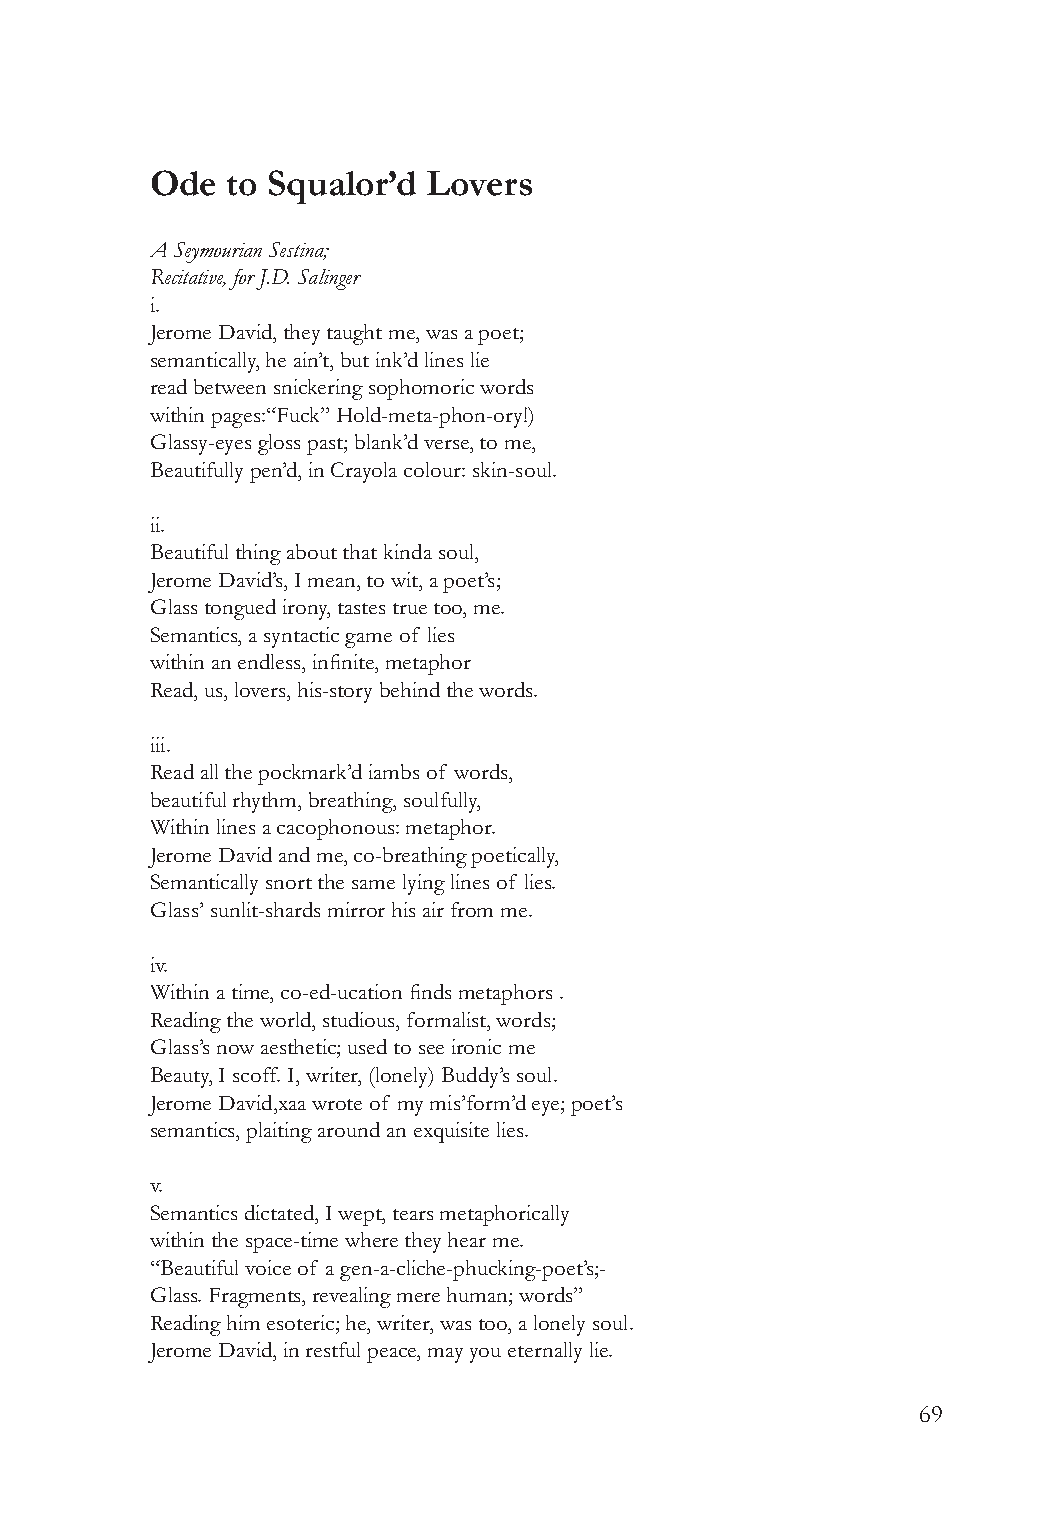
Ode  to Squalor’d Lovers
 A Seymourian Sestina;
 Recitative, for J.D. Salinger
 i.
 Jerome David, they taught me, was a poet;
 semantically, he ain’t, but ink’d lines lie
 read between snickering sophomoric words
 within pages:“Fuck” Hold-meta-phon-ory!)
 Glassy-eyes gloss past; blank’d verse, to me,
 Beautifully pen’d, in Crayola colour: skin-soul.
 ii.
 Beautiful thing about that kinda soul,
 Jerome David’s, I mean, to wit, a poet’s;
 Glass tongued irony, tastes true too, me.
 Semantics, a syntactic game of lies
 within an endless, infinite, metaphor
 Read, us, lovers, his-story behind the words.
 iii.
 Read all the pockmark’d iambs of words,
 beautiful rhythm, breathing, soulfully,
 Within lines a cacophonous: metaphor.
 Jerome David and me, co-breathing poetically,
 Semantically snort the same lying lines of lies.
 Glass’ sunlit-shards mirror his air from me.
 iv.
 Within a time, co-ed-ucation finds metaphors .
 Reading the world, studious, formalist, words;
 Glass’s now aesthetic; used to see ironic me
 Beauty, I scoff. I, writer, (lonely) Buddy’s soul.
 Jerome David,xaa wrote of my mis’form’d eye; poet’s
 semantics, plaiting around an exquisite lies.
 v.
 Semantics dictated, I wept, tears metaphorically
 within the space-time where they hear me.
 “Beautiful voice of a gen-a-cliche-phucking-poet’s;-
 Glass. Fragments, revealing mere human; words”
 Reading him esoteric; he, writer, was too, a lonely soul.
 Jerome David, in restful peace, may you eternally lie.
 69